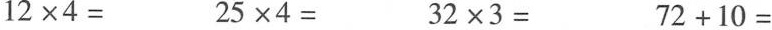
$$1 2 \times 4 =$$ $$2 5 \times 4 =$$ $$3 2 \times 3 =$$ $$7 2 + 1 0 =$$